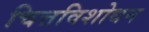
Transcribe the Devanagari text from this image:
चित्तविशोधन